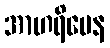
အာဟရိမေန